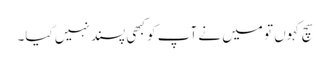
سچ کہوں تو میں نے آپ کو کبھی پسند نہیں کیا۔